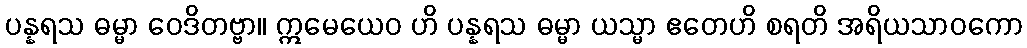
ပန္နရသ ဓမ္မာ ဝေဒိတဗ္ဗာ။ ဣမေယေဝ ဟိ ပန္နရသ ဓမ္မာ ယသ္မာ ဧတေဟိ စရတိ အရိယသာဝကော